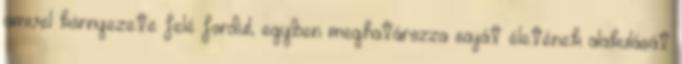
amivel környezete felé fordul, egyben meghatározza saját életének alakulását